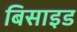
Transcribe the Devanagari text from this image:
बिसाइड